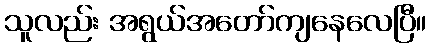
သူလည်း အရွယ်အတော်ကျနေလေပြီ။